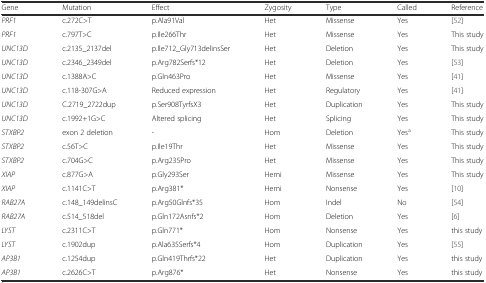
<table><thead><tr><td><b>Gene</b></td><td><b>Mutation</b></td><td><b>Effect</b></td><td><b>Zygosity</b></td><td><b>Type</b></td><td><b>Called</b></td><td><b>Reference</b></td></tr></thead><tbody><tr><td><i>PRF1</i></td><td>c.272C&gt;T</td><td>p.Ala91Val</td><td>Het</td><td>Missense</td><td>Yes</td><td>[52]</td></tr><tr><td><i>PRF1</i></td><td>c.797T&gt;C</td><td>p.Ile266Thr</td><td>Het</td><td>Missense</td><td>Yes</td><td>This study</td></tr><tr><td><i>UNC13D</i></td><td>c.2135_2137del</td><td>p.Ile712_Gly713delinsSer</td><td>Het</td><td>Deletion</td><td>Yes</td><td>This study</td></tr><tr><td><i>UNC13D</i></td><td>c.2346_2349del</td><td>p.Arg782Serfs*12</td><td>Het</td><td>Deletion</td><td>Yes</td><td>[53]</td></tr><tr><td><i>UNC13D</i></td><td>c.1388A&gt;C</td><td>p.Gln463Pro</td><td>Het</td><td>Missense</td><td>Yes</td><td>[41]</td></tr><tr><td><i>UNC13D</i></td><td>c.118-307G&gt;A</td><td>Reduced expression</td><td>Het</td><td>Regulatory</td><td>Yes</td><td>[41]</td></tr><tr><td><i>UNC13D</i></td><td>C.2719_2722dup</td><td>p.Ser908TyrfsX3</td><td>Het</td><td>Duplication</td><td>Yes</td><td>This study</td></tr><tr><td><i>UNC13D</i></td><td>c.1992+1G&gt;C</td><td>Altered splicing</td><td>Het</td><td>Splicing</td><td>Yes</td><td>This study</td></tr><tr><td><i>STXBP2</i></td><td>exon 2 deletion</td><td>-</td><td>Hom</td><td>Deletion</td><td>Yes<sup>a</sup></td><td>This study</td></tr><tr><td><i>STXBP2</i></td><td>c.56T&gt;C</td><td>p.Ile19Thr</td><td>Het</td><td>Missense</td><td>Yes</td><td>This study</td></tr><tr><td><i>STXBP2</i></td><td>c.704G&gt;C</td><td>p.Arg235Pro</td><td>Het</td><td>Missense</td><td>Yes</td><td>This study</td></tr><tr><td><i>XIAP</i></td><td>c.877G&gt;A</td><td>p.Gly293Ser</td><td>Hemi</td><td>Missense</td><td>Yes</td><td>This study</td></tr><tr><td><i>XIAP</i></td><td>c.1141C&gt;T</td><td>p.Arg381*</td><td>Hemi</td><td>Nonsense</td><td>Yes</td><td>[10]</td></tr><tr><td><i>RAB27A</i></td><td>c.148_149delinsC</td><td>p.Arg50Glnfs*35</td><td>Hom</td><td>Indel</td><td>No</td><td>[54]</td></tr><tr><td><i>RAB27A</i></td><td>c.514_518del</td><td>p.Gln172Asnfs*2</td><td>Hom</td><td>Deletion</td><td>Yes</td><td>[6]</td></tr><tr><td><i>LYST</i></td><td>c.2311C&gt;T</td><td>p.Gln771*</td><td>Hom</td><td>Nonsense</td><td>Yes</td><td>this study</td></tr><tr><td><i>LYST</i></td><td>c.1902dup</td><td>p.Ala635Serfs*4</td><td>Hom</td><td>Duplication</td><td>Yes</td><td>[55]</td></tr><tr><td><i>AP3B1</i></td><td>c.1254dup</td><td>p.Gln419Thrfs*22</td><td>Het</td><td>Duplication</td><td>Yes</td><td>this study</td></tr><tr><td><i>AP3B1</i></td><td>c.2626C&gt;T</td><td>p.Arg876*</td><td>Het</td><td>Nonsense</td><td>Yes</td><td>this study</td></tr></tbody></table>